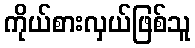
ကိုယ်စားလှယ်ဖြစ်သူ